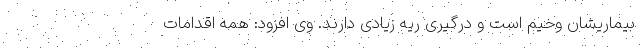
بیماریشان وخیم است و درگیری ریه زیادی دارند. وی افزود: همه اقدامات